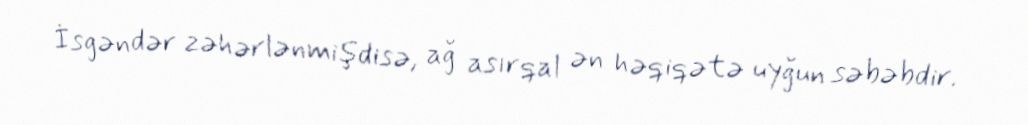
İsgəndər zəhərlənmişdisə, ağ asırqal ən həqiqətə uyğun səbəbdir.